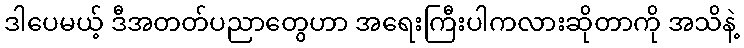
ဒါပေမယ့် ဒီအတတ်ပညာတွေဟာ အရေးကြီးပါကလားဆိုတာကို အသိနဲ့